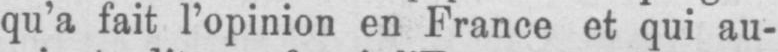
qu’a fait l’opinion en France et qui au-